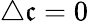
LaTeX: \triangle\mathfrak{c}=0